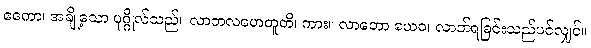
ဧကော၊ အချို့သော ပုဂ္ဂိုလ်သည်။ လာဘလဟေတူတိ၊ ကား။ လာဘော ယေဝ၊ လာဘ်ရခြင်းသည်ပင်လျှင်။